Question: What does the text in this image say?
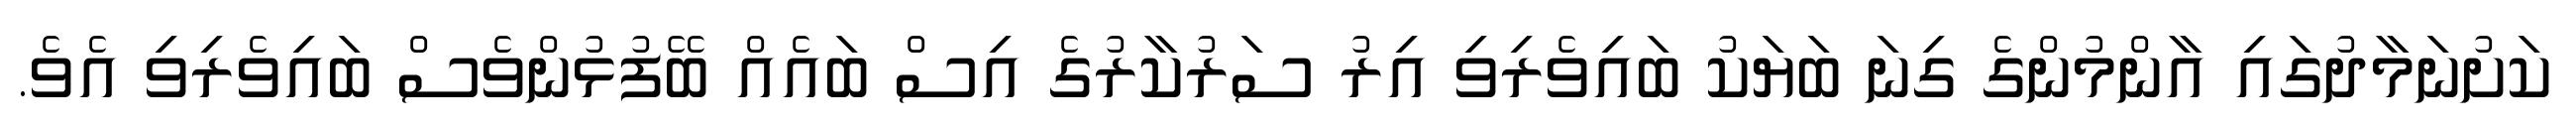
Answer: ކަށުނަމާދުގައި އާންމުންގެ ގިނަ ބަޔަކު ބައިވެރިވި އިރު ސަރުކާރުގެ އިސް ބައެއް ބޭފުޅުންވެސް ބައިވެރިވި އެވެ.